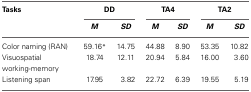
<table><thead><tr><td><b>Tasks</b></td><td colspan="2"><b>DD</b></td><td colspan="2"><b>TA4</b></td><td colspan="2"><b>TA2</b></td></tr><tr><td></td><td><b><i>M</i></b></td><td><b><i>SD</i></b></td><td><b><i>M</i></b></td><td><b><i>SD</i></b></td><td><b><i>M</i></b></td><td><b><i>SD</i></b></td></tr></thead><tbody><tr><td>Color naming (RAN)</td><td>59.16<sup>*</sup></td><td>14.75</td><td>44.88</td><td>8.90</td><td>53.35</td><td>10.82</td></tr><tr><td>Visuospatial working-memory</td><td>18.74</td><td>12.11</td><td>20.94</td><td>5.84</td><td>16.00</td><td>3.60</td></tr><tr><td>Listening span</td><td>17.95</td><td>3.82</td><td>22.72</td><td>6.39</td><td>19.55</td><td>5.19</td></tr></tbody></table>